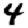
Digit: 4